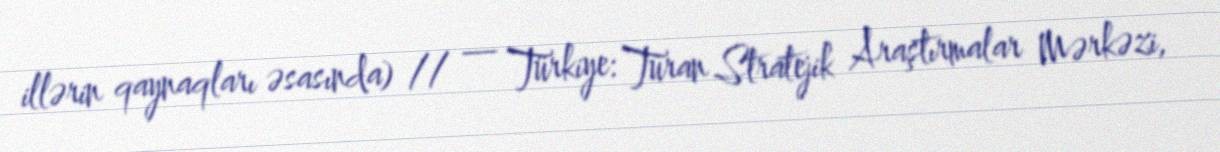
illərin qaynaqları əsasında) // — Türkiye: Turan Stratejik Araştırmalar Mərkəzi,